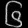
Digit: ၆